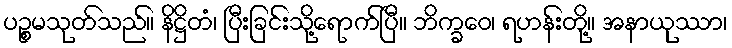
ပဉ္စမသုတ်သည်။ နိဋ္ဌိတံ၊ ပြီးခြင်းသို့ရောက်ပြီ။ ဘိက္ခဝေ၊ ရဟန်းတို့။ အနာယုဿာ၊